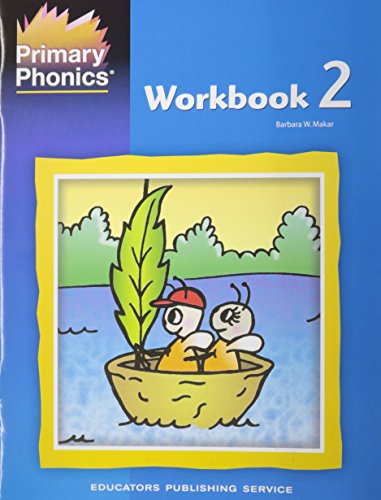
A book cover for Primary Phonics: Workbook 2; Barbara W. Makar; Reference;